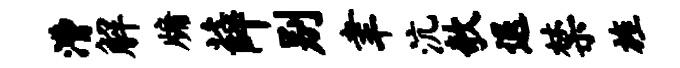
漕解牖薛别聿沆欹退禁旌